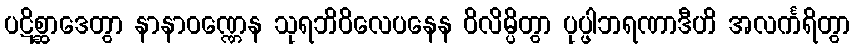
ပဋိစ္ဆာဒေတွာ နာနာဝဏ္ဏေန သုရဘိဝိလေပနေန ဝိလိမ္ပိတွာ ပုပ္ဖါဘရဏာဒီဟိ အလင်္ကရိတွာ